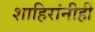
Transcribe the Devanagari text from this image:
शाहिरांनीही